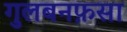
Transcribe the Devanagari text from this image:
गुलबनफ़सा